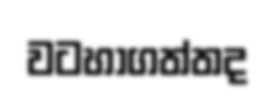
වටහාගත්තද